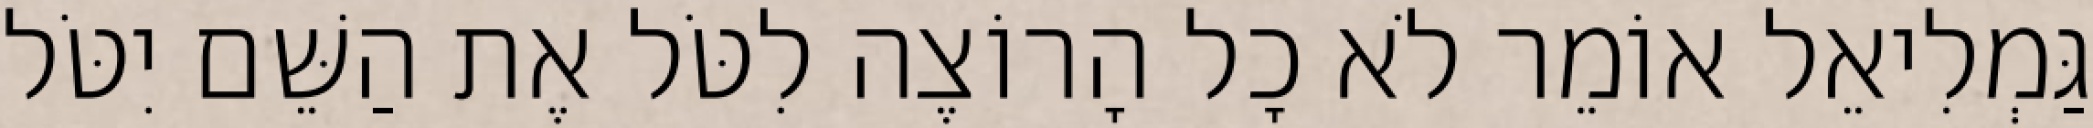
גַּמְלִיאֵל אוֹמֵר לֹא כָל הָרוֹצֶה לִטֹּל אֶת הַשֵּׁם יִטֹּל